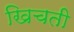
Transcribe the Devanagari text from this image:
खिचती